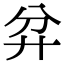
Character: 弅